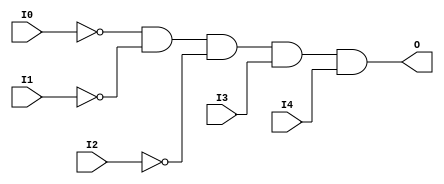
module AND5B3 (O, I0, I1, I2, I3, I4);

    output O;

    input  I0, I1, I2, I3, I4;

    wire i0_inv;
    wire i1_inv;
    wire i2_inv;

    not N2 (i2_inv, I2);
    not N1 (i1_inv, I1);
    not N0 (i0_inv, I0);
    and A1 (O, i0_inv, i1_inv, i2_inv, I3, I4);


endmodule